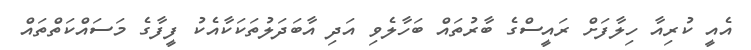
އެއީ ކުރިއާ ހިލާފަށް ރައީސްގެ ބާރުތައް ބަހާލެވި އަދި އާބަދަލުތަކަކާއެކު ފީފާގެ މަސައްކަތްތައް